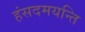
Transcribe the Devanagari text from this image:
हंसदमयन्ति